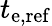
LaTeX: t_{\mathrm{e,ref}}